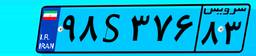
۰۲S۲۴۸۹۰